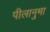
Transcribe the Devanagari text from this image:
पीलानुमा